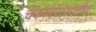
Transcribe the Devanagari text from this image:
चेकावरस्थानीय